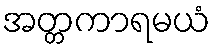
အတ္တကာရမယံ